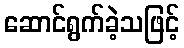
ဆောင်ရွက်ခဲ့သဖြင့်